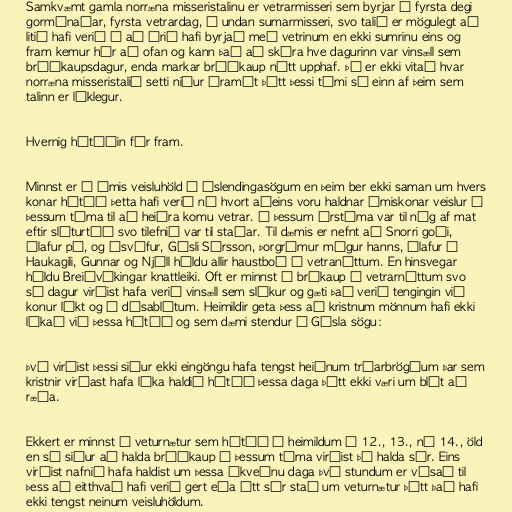
Samkvæmt gamla norræna misseristalinu er vetrarmisseri sem byrjar á fyrsta degi
gormánaðar, fyrsta vetrardag, á undan sumarmisseri, svo talið er mögulegt að
litið hafi verið á að árið hafi byrjað með vetrinum en ekki sumrinu eins og
fram kemur hér að ofan og kann það að skýra hve dagurinn var vinsæll sem
brúðkaupsdagur, enda markar brúðkaup nýtt upphaf. Þó er ekki vitað hvar
norræna misseristalið setti niður áramót þótt þessi tími sé einn af þeim sem
talinn er líklegur.

Hvernig hátíðin fór fram.

Minnst er á ýmis veisluhöld í Íslendingasögum en þeim ber ekki saman um hvers
konar hátíð þetta hafi verið né hvort aðeins voru haldnar ýmiskonar veislur á
þessum tíma til að heiðra komu vetrar. Á þessum árstíma var til nóg af mat
eftir sláturtíð svo tilefnið var til staðar. Til dæmis er nefnt að Snorri goði,
Ólafur pá, og Ósvífur, Gísli Súrsson, Þorgrímur mágur hanns, Ólafur á
Haukagili, Gunnar og Njáll héldu allir haustboð á vetranóttum. En hinsvegar
héldu Breiðvíkingar knattleiki. Oft er minnst á brúkaup á vetrarnóttum svo
sá dagur virðist hafa verið vinsæll sem slíkur og gæti það verið tengingin við
konur líkt og á dísablótum. Heimildir geta þess að kristnum mönnum hafi ekki
líkað við þessa hátíð og sem dæmi stendur í Gísla sögu:

Því virðist þessi siður ekki eingöngu hafa tengst heiðnum trúarbrögðum þar sem
kristnir virðast hafa líka haldið hátíð þessa daga þótt ekki væri um blót að
ræða.

Ekkert er minnst á veturnætur sem hátíð í heimildum á 12., 13., né 14., öld
en sá siður að halda brúðkaup á þessum tíma virðist þó halda sér. Eins
virðist nafnið hafa haldist um þessa ákveðnu daga því stundum er vísað til
þess að eitthvað hafi verið gert eða átt sér stað um veturnætur þótt það hafi
ekki tengst neinum veisluhöldum.